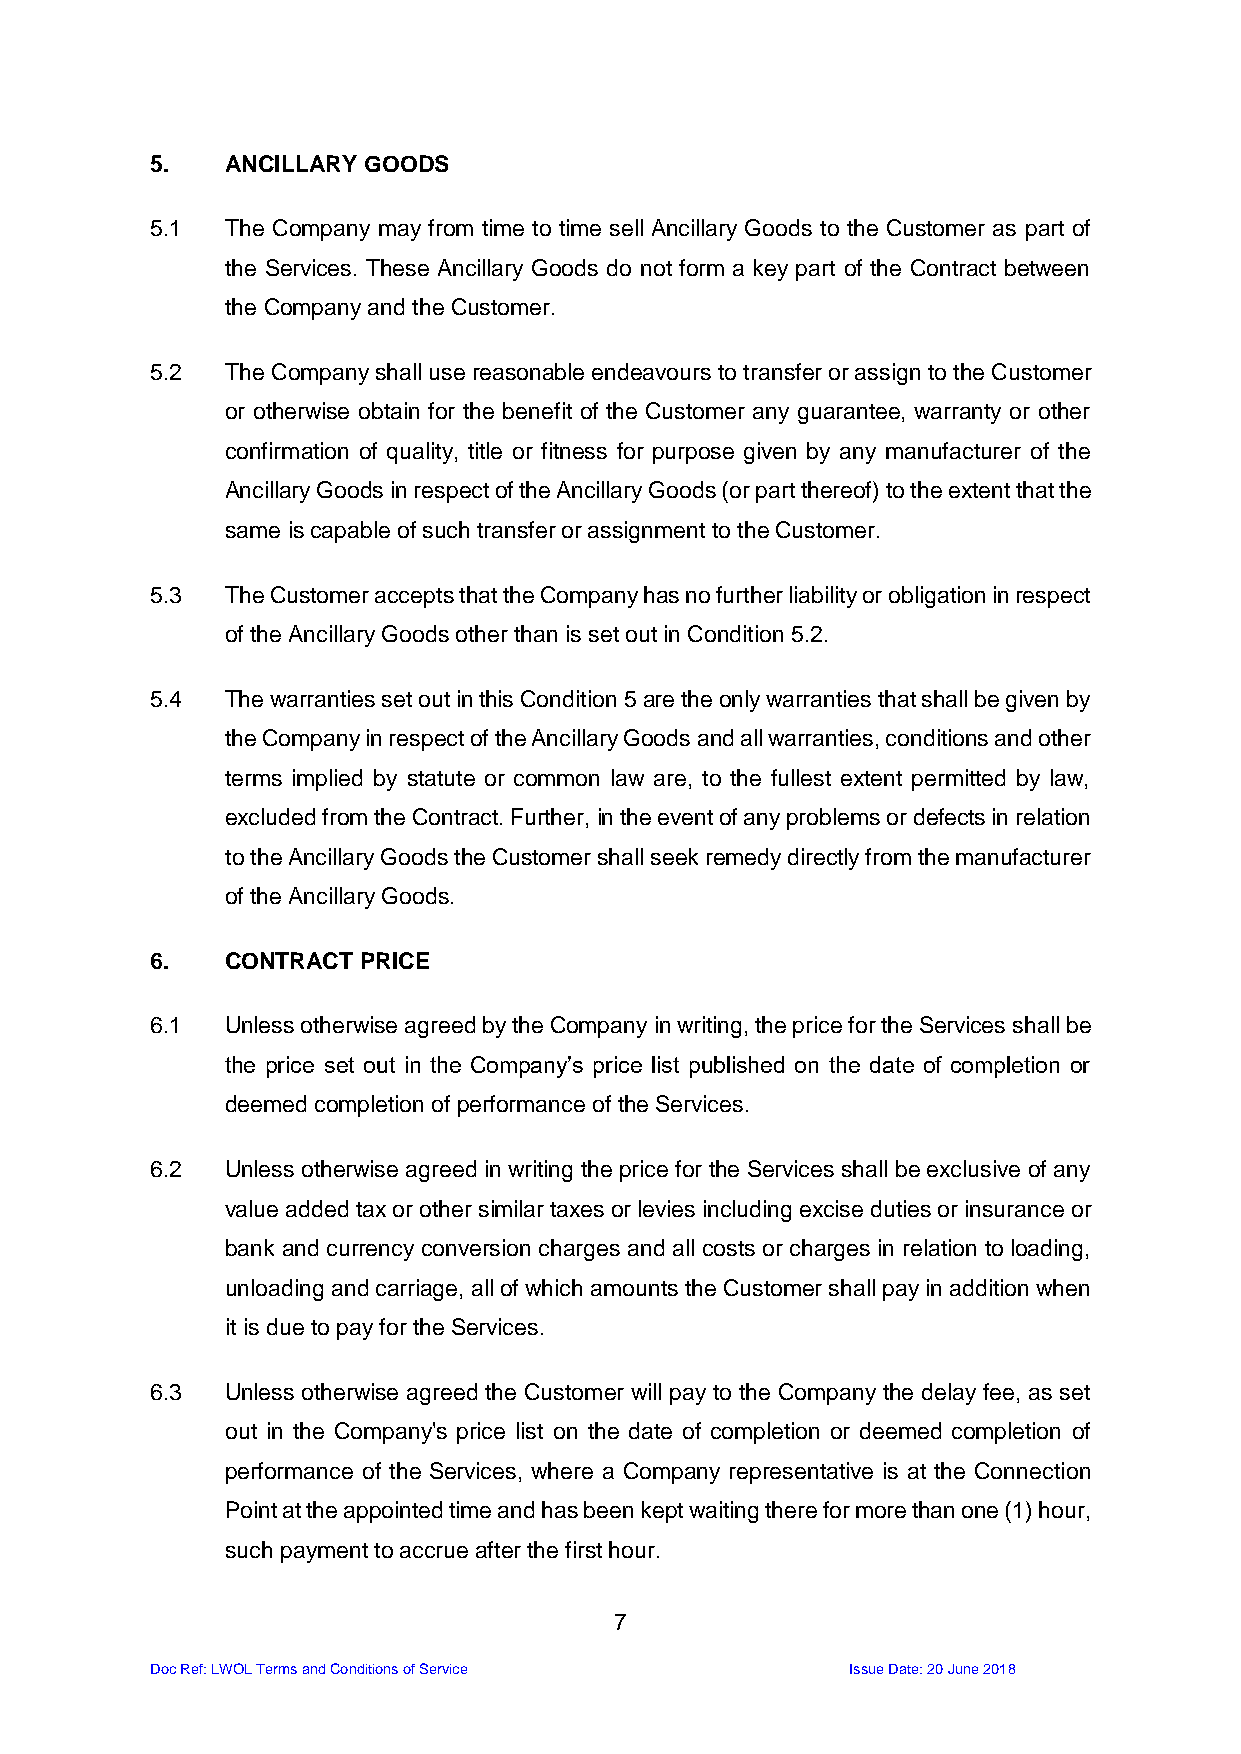
5.   ANCILLARY GOODS
 5.1  The Company may from time to time sell Ancillary Goods to the Customer as part of
 the Services. These Ancillary Goods do not form a key part of the Contract between
 the Company and the Customer.
 5.2  The Company shall use reasonable endeavours to transfer or assign to the Customer
 or otherwise obtain for the benefit of the Customer any guarantee, warranty or other
 confirmation of quality, title or fitness for purpose given by any manufacturer of the
 Ancillary Goods in respect of the Ancillary Goods (or part thereof) to the extent that the
 same is capable of such transfer or assignment to the Customer.
 5.3  The Customer accepts that the Company has no further liability or obligation in respect
 of the Ancillary Goods other than is set out in Condition 5.2.
 5.4  The warranties set out in this Condition 5 are the only warranties that shall be given by
 the Company in respect of the Ancillary Goods and all warranties, conditions and other
 terms implied by statute or common law are, to the fullest extent permitted by law,
 excluded from the Contract. Further, in the event of any problems or defects in relation
 to the Ancillary Goods the Customer shall seek remedy directly from the manufacturer
 of the Ancillary Goods.
 6.   CONTRACT PRICE
 6.1  Unless otherwise agreed by the Company in writing, the price for the Services shall be
 the price set out in the Company’s price list published on the date of completion or
 deemed completion of performance of the Services.
 6.2  Unless otherwise agreed in writing the price for the Services shall be exclusive of any
 value added tax or other similar taxes or levies including excise duties or insurance or
 bank and currency conversion charges and all costs or charges in relation to loading,
 unloading and carriage, all of which amounts the Customer shall pay in addition when
 it is due to pay for the Services.
 6.3  Unless otherwise agreed the Customer will pay to the Company the delay fee, as set
 out in the Company's price list on the date of completion or deemed completion of
 performance of the Services, where a Company representative is at the Connection
 Point at the appointed time and has been kept waiting there for more than one (1) hour,
 such payment to accrue after the first hour.
 7
 Doc Ref: LWOL Terms and Conditions of Service Issue Date: 20 June 2018